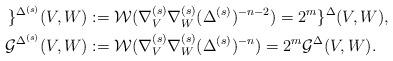
LaTeX: \begin{align*}\begin{aligned}\mathcal{g}^{\Delta ^{(s)}}(V,W)&:= \mathcal{W}( \nabla ^{(s)}_{V}\nabla ^{(s)}_{W} (\Delta ^{(s)})^{-n-2}) = 2^{m} \mathcal{g}^{\Delta}(V,W),\\\mathcal{G}^{\Delta ^{(s)}}(V,W)&:= \mathcal{W}( \nabla ^{(s)}_{V}\nabla ^{(s)}_{W} (\Delta ^{(s)})^{-n}) = 2^{m} \mathcal{G}^{\Delta}(V,W).\end{aligned}\end{align*}